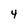
Character: 4